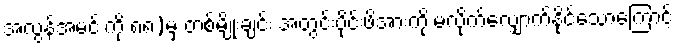
အလွန်အမင်းကို ၈၈)မှ တစ်မျိုးချင်း အတွင်းပိုင်းဖိအားကို မလိုက်လျှောက်နိုင်သောကြောင့်